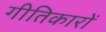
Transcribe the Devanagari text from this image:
गीतिकारों